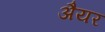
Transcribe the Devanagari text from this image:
अैयर